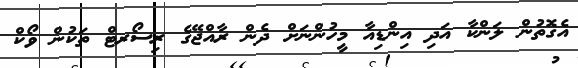
އެގޮތުން ލަންކާ އަދި އިންޑިއާ މީހުންނަށް ދެން ރާއްޖޭގެ ރިސޯރޓް ތަކުން ވޯކް